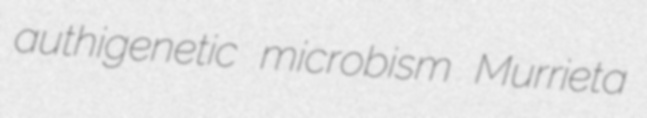
authigenetic microbism Murrieta